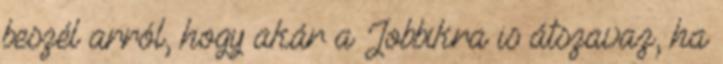
beszél arról, hogy akár a Jobbikra is átszavaz, ha